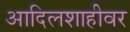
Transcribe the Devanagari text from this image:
आदिलशाहीवर